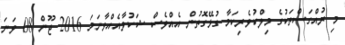
މި ރުއްގަސްތަކުގެ މިލްކުވެރިކަމާ ގުޅޭގޮތުން އެއްވެސް ޝަކުވާއެއްވާނަމަ 2016 ޖޫން 08 ވަނަ